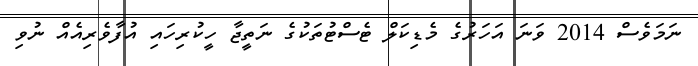
ނަމަވެސް 2014 ވަނަ އަހަރުގެ މެޑިކަލް ޓެސްޓުތަކުގެ ނަތީޖާ ހީކުރިހައި އުފާވެރިއެއް ނުވި